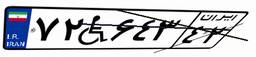
۶۸W۵۲۷۷۷